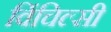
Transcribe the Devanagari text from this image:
विंचिल्सी